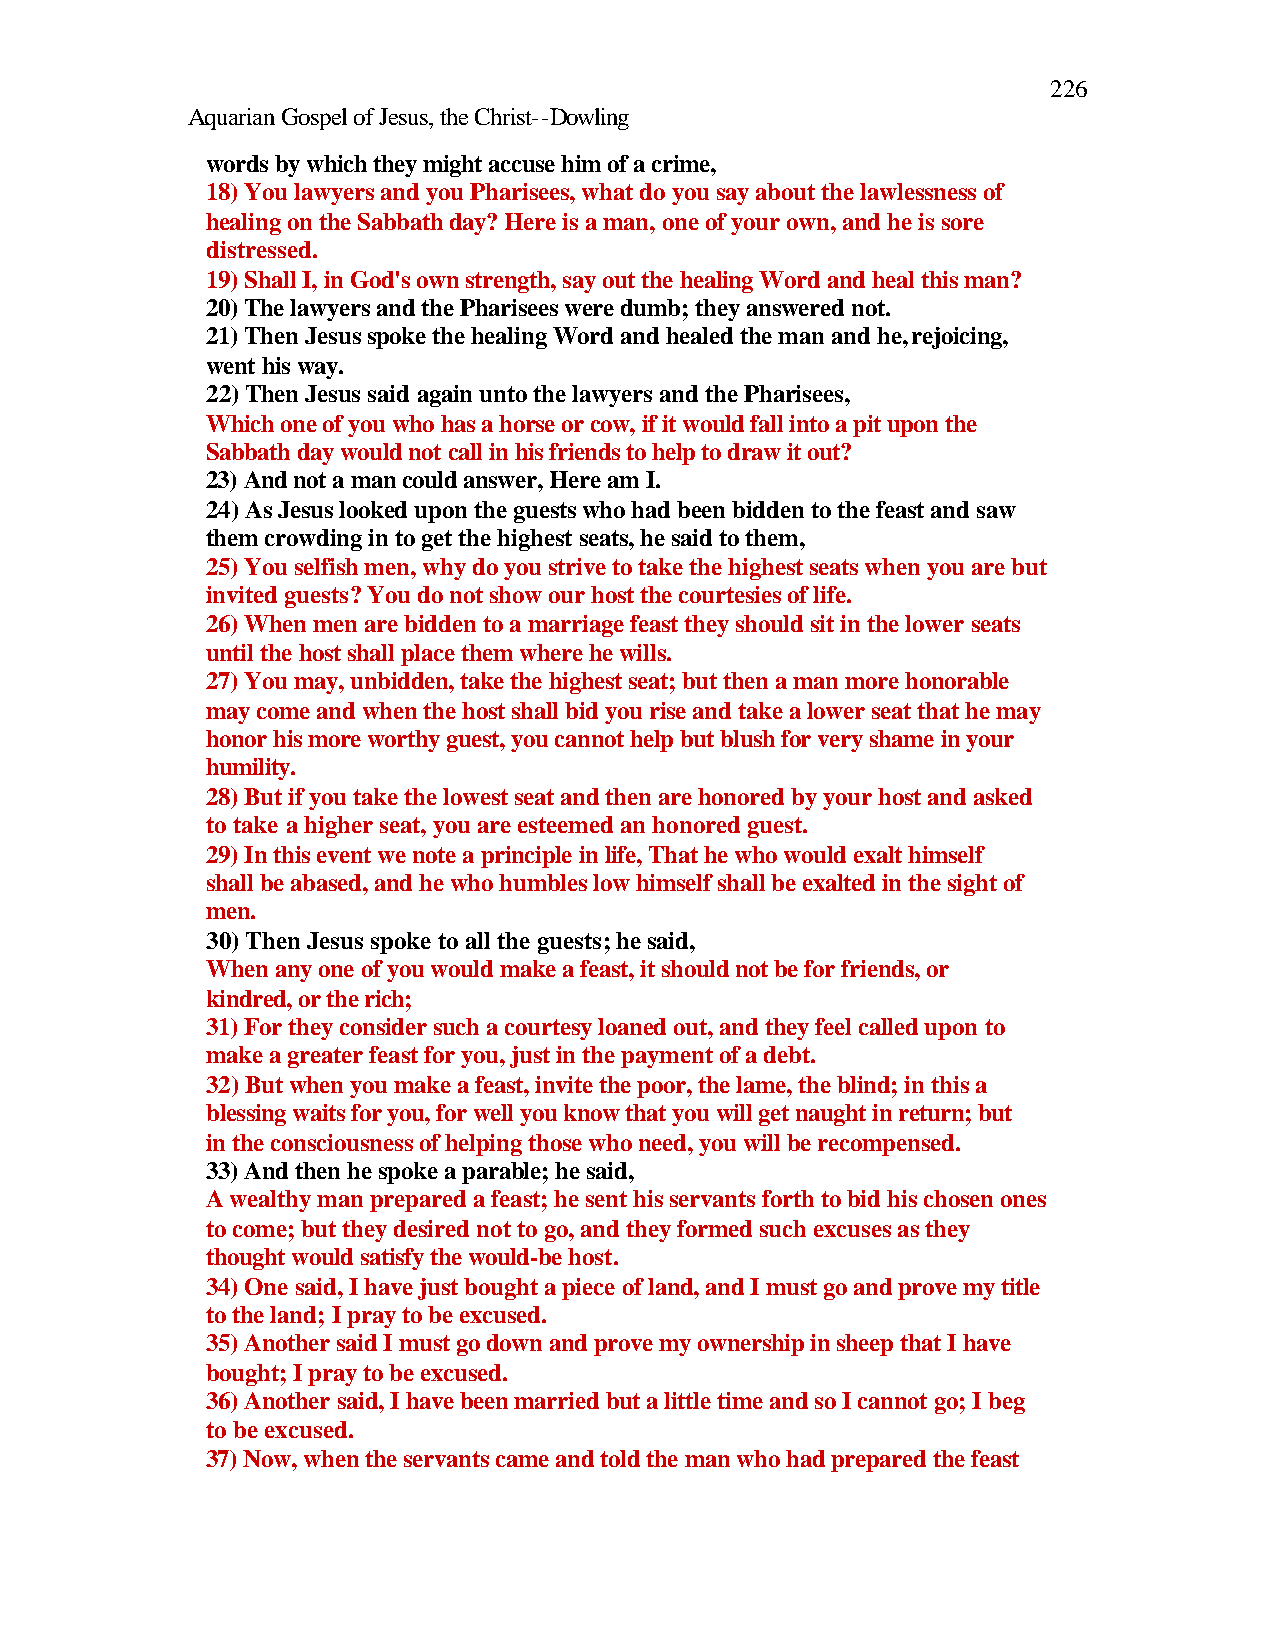
226
 Aquarian Gospel of Jesus, the Christ--Dowling
 words by which they might accuse him of a crime,
 18) You lawyers and you Pharisees, what do you say about the lawlessness of
 healing on the Sabbath day? Here is a man, one of your own, and he is sore
 distressed.
 19) Shall I, in God's own strength, say out the healing Word and heal this man?
 20) The lawyers and the Pharisees were dumb; they answered not.
 21) Then Jesus spoke the healing Word and healed the man and he, rejoicing,
 went his way.
 22) Then Jesus said again unto the lawyers and the Pharisees,
 Which one of you who has a horse or cow, if it would fall into a pit upon the
 Sabbath day would not call in his friends to help to draw it out?
 23) And not a man could answer, Here am I.
 24) As Jesus looked upon the guests who had been bidden to the feast and saw
 them crowding in to get the highest seats, he said to them,
 25) You selfish men, why do you strive to take the highest seats when you are but
 invited guests? You do not show our host the courtesies of life.
 26) When men are bidden to a marriage feast they should sit in the lower seats
 until the host shall place them where he wills.
 27) You may, unbidden, take the highest seat; but then a man more honorable
 may come and when the host shall bid you rise and take a lower seat that he may
 honor his more worthy guest, you cannot help but blush for very shame in your
 humility.
 28) But if you take the lowest seat and then are honored by your host and asked
 to take a higher seat, you are esteemed an honored guest.
 29) In this event we note a principle in life, That he who would exalt himself
 shall be abased, and he who humbles low himself shall be exalted in the sight of
 men.
 30) Then Jesus spoke to all the guests; he said,
 When any one of you would make a feast, it should not be for friends, or
 kindred, or the rich;
 31) For they consider such a courtesy loaned out, and they feel called upon to
 make a greater feast for you, just in the payment of a debt.
 32) But when you make a feast, invite the poor, the lame, the blind; in this a
 blessing waits for you, for well you know that you will get naught in return; but
 in the consciousness of helping those who need, you will be recompensed.
 33) And then he spoke a parable; he said,
 A wealthy man prepared a feast; he sent his servants forth to bid his chosen ones
 to come; but they desired not to go, and they formed such excuses as they
 thought would satisfy the would-be host.
 34) One said, I have just bought a piece of land, and I must go and prove my title
 to the land; I pray to be excused.
 35) Another said I must go down and prove my ownership in sheep that I have
 bought; I pray to be excused.
 36) Another said, I have been married but a little time and so I cannot go; I beg
 to be excused.
 37) Now, when the servants came and told the man who had prepared the feast